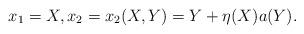
LaTeX: \begin{align*} x_1 = X, x_2 = x_2(X,Y) = Y+\eta(X)a(Y).\end{align*}